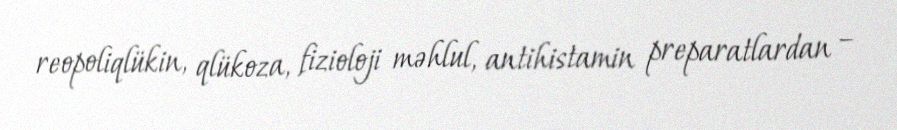
reopoliqlükin, qlükoza, fizioloji məhlul, antihistamin preparatlardan –